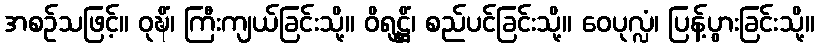
အစဉ်သဖြင့်။ ဝုဍ္ဎိံ၊ ကြီးကျယ်ခြင်းသို့။ ဝိရုဠ္ဌိံ၊ စည်ပင်ခြင်းသို့။ ဝေပုလ္လံ၊ ပြန့်ပွားခြင်းသို့။